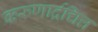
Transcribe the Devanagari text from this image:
करुणार्द्रचित्त